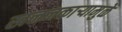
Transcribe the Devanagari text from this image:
खननकाऱ्यामुळे